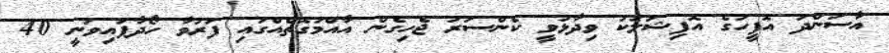
އާސަންދަ އޮފީހުގެ އޮފިޝަލަކު ވިދާޅުވީ ކެންސަރު ޖެހިގެން އާއްމުގޮތެއްގައި ފަރުވާ ހޯދާފައިވަނީ 40